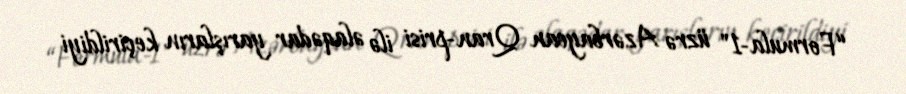
“Formula-1" üzrə Azərbaycan Qran-prisi ilə əlaqədar yarışların keçirildiyi